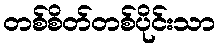
တစ်စိတ်တစ်ပိုင်းသာ